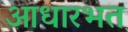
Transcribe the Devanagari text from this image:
आधारभत